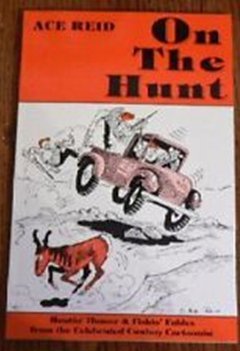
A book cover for On the Hunt: Huntin' humor & fishing fables from a celebrated cowboy cartoonist Ace Reid; Ace Reid; Humor & Entertainment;